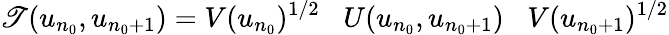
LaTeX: \mathscr{T}(u_{n_{0}},u_{n_{0}+1})=V(u_{n_{0}})^{1/2}\; \; \; U(u_{n_{0}},u_{n_{0}+1})\; \; \; V(u_{n_{0}+1})^{1/2}